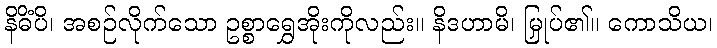
နိဓိံပိ၊ အစဉ်လိုက်သော ဥစ္စာရွှေအိုးကိုလည်း။ နိဒဟာမိ၊ မြှုပ်၏။ ကောသိယ၊